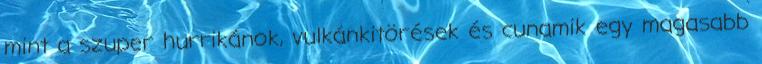
mint a szuper hurrikánok, vulkánkitörések és cunamik egy magasabb